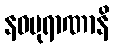
နဝပုရာဏာနိ